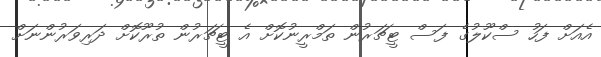
އެއަށް ފަހު ސްކޫލުގެ ފަސް ޓީޗަރުން ތަމްރީނުކޮށް އެ ޓީޗަރުން ތުރޫކޮށް ދަރިވަރުންނަށް